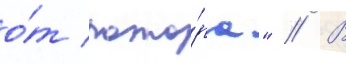
о́т пожа́ра" // В